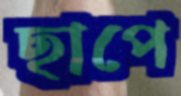
ছাপে